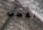
يغطي